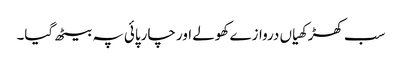
سب کھڑکھیاں دروازے کھولے اور چارپائی پہ بیٹھ گیا۔